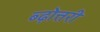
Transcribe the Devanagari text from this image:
ब्ढ़ोत्तरी